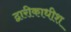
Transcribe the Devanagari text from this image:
द्वारीकाधीश